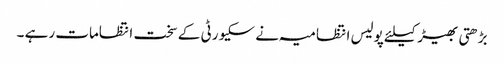
بڑھتی بھیڑ کیلئے پولیس انتظامیہ نے سکیورٹی کے سخت انتظامات رہے ۔